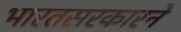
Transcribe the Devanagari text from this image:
भारतसरकारने